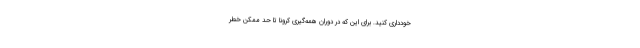
خودداری کنید. برای این‌ که در دوران همه‌گیری کرونا تا حد ممکن خطر